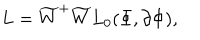
L = { \widetilde { W } } ^ { + } \widetilde { W } L _ { 0 } ( \Phi , \partial \Phi ) ,